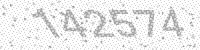
Solution: 142574